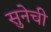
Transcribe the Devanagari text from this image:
सुनेची